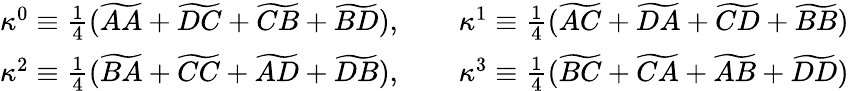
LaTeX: \begin{array}{cc}{\kappa^{0}\equiv\frac{1}{4}(\widetilde{AA}+\widetilde{DC}+\widetilde{CB}+\widetilde{BD}),\qquad\kappa^{1}\equiv\frac{1}{4}(\widetilde{AC}+\widetilde{DA}+\widetilde{CD}+\widetilde{BB})}\\ {\kappa^{2}\equiv\frac{1}{4}(\widetilde{BA}+\widetilde{CC}+\widetilde{AD}+\widetilde{DB}),\qquad\kappa^{3}\equiv\frac{1}{4}(\widetilde{BC}+\widetilde{CA}+\widetilde{AB}+\widetilde{DD})}\end{array}